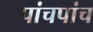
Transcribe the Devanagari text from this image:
पांचपांच